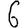
Digit: 6